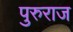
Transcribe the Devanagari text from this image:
पुरुराज